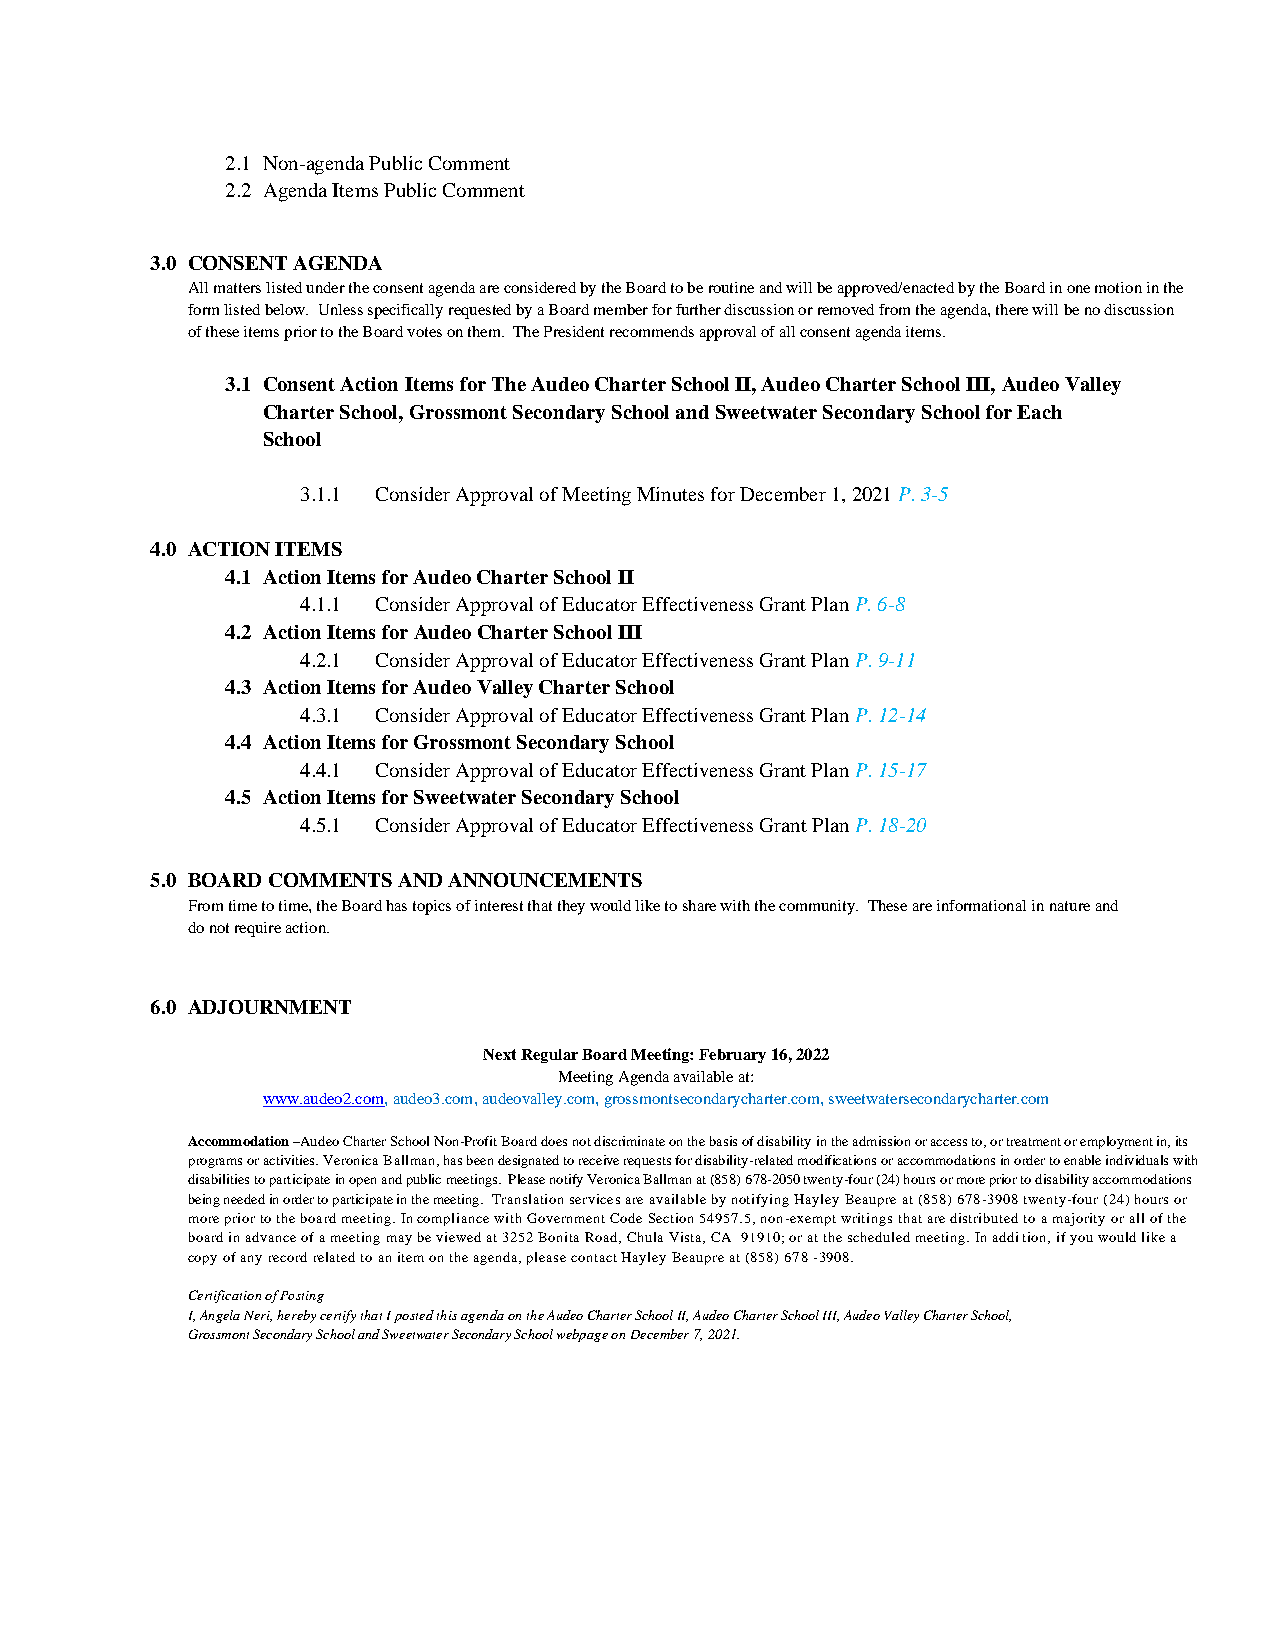
2.1 Non-agenda Public Comment
 2.2 Agenda Items Public Comment
 3.0 CONSENT AGENDA
 All matters listed under the consent agenda are considered by the Board to be routine and will be approved/enacted by the Board in one motion in the
 form listed below. Unless specifically requested by a Board member for further discussion or removed from the agenda, there will be no discussion
 of these items prior to the Board votes on them. The President recommends approval of all consent agenda items.
 3.1 Consent Action Items for The Audeo Charter School II, Audeo Charter School III, Audeo Valley
 Charter School, Grossmont Secondary School and Sweetwater Secondary School for Each
 School
 3.1.1 Consider Approval of Meeting Minutes for December 1, 2021 P. 3-5
 4.0 ACTION ITEMS
 4.1 Action Items for Audeo Charter School II
 4.1.1 Consider Approval of Educator Effectiveness Grant Plan P. 6-8
 4.2 Action Items for Audeo Charter School III
 4.2.1 Consider Approval of Educator Effectiveness Grant Plan P. 9-11
 4.3 Action Items for Audeo Valley Charter School
 4.3.1 Consider Approval of Educator Effectiveness Grant Plan P. 12-14
 4.4 Action Items for Grossmont Secondary School
 4.4.1 Consider Approval of Educator Effectiveness Grant Plan P. 15-17
 4.5 Action Items for Sweetwater Secondary School
 4.5.1 Consider Approval of Educator Effectiveness Grant Plan P. 18-20
 5.0 BOARD COMMENTS AND ANNOUNCEMENTS
 From time to time, the Board has topics of interest that they would like to share with the community. These are informational in nature and
 do not require action.
 6.0 ADJOURNMENT
 Next Regular Board Meeting: February 16, 2022
 Meeting Agenda available at:
 www.audeo2.com, audeo3.com, audeovalley.com, grossmontsecondarycharter.com, sweetwatersecondarycharter.com
 Accommodation –Audeo Charter School Non-Profit Board does not discriminate on the basis of disability in the admission or access to, or treatment or employment in, its
 programs or activities. Veronica Ballman, has been designated to receive requests for disability-related modifications or accommodations in order to enable individuals with
 disabilities to participate in open and public meetings. Please notify Veronica Ballman at (858) 678-2050 twenty-four (24) hours or more prior to disability accommodations
 being needed in order to participate in the meeting. Translation services are available by notifying Hayley Beaupre at (858) 678-3908 twenty-four (24) hours or
 more prior to the board meeting. In compliance with Government Code Section 54957.5, non-exempt writings that are distributed to a majority or all of the
 board in advance of a meeting may be viewed at 3252 Bonita Road, Chula Vista, CA 91910; or at the scheduled meeting. In addition, if you would like a
 copy of any record related to an item on the agenda, please contact Hayley Beaupre at (858) 678 -3908.
 Certification of Posting
 I, Angela Neri, hereby certify that I posted this agenda on the Audeo Charter School II, Audeo Charter School III, Audeo Valley Charter School,
 Grossmont Secondary School and Sweetwater Secondary School webpage on December 7, 2021.